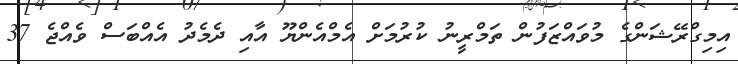
އިމިގްރޭޝަންގެ މުވައްޒަފުން ތަމްރީނު ކުރުމަށް އެމްއެންޔޫ އާއި ދެމެދު އެއްބަސް ވެއްޖެ 37